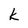
Character: k